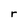
Character: r